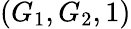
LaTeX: (G_{1},G_{2},1)